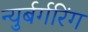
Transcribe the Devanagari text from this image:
न्युर्बर्गरिंग